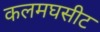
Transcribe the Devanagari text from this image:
कलमघसीट